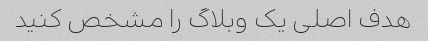
هدف اصلی یک وبلاگ را مشخص کنید